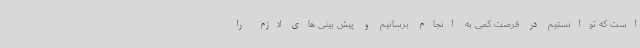
است که توانستیم در فرصت کمی به انجام برسانیم و پیش بینی های لازم را